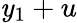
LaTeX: \mathit{y}_{1}+u